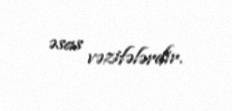
əsas vəzifələrdir.